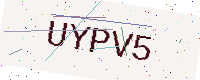
Text: UYPV5